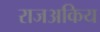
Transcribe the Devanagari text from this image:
राजअकिय